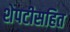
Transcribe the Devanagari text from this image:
शेपटीसहित